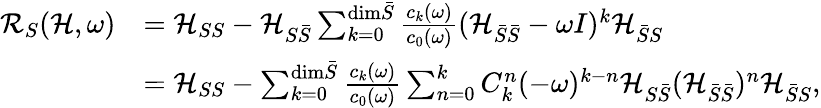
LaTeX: \begin{array}{rl}{\mathcal{R}_{S}(\mathcal{H},\omega)}&{=\mathcal{H}_{SS}-\mathcal{H}_{S\bar{S}}\sum_{k=0}^{\mathrm{dim}\bar{S}}\frac{c_{k}(\omega)}{c_{0}(\omega)}(\mathcal{H}_{\bar{S}\bar{S}}-\omega I)^{k}\mathcal{H}_{\bar{S}S}}\\ &{=\mathcal{H}_{SS}-\sum_{k=0}^{\mathrm{dim}\bar{S}}\frac{c_{k}(\omega)}{c_{0}(\omega)}\sum_{n=0}^{k}C_{k}^{n}(-\omega)^{k-n}\mathcal{H}_{S\bar{S}}(\mathcal{H}_{\bar{S}\bar{S}})^{n}\mathcal{H}_{\bar{S}S},}\end{array}